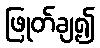
ဖြုတ်ချ၍